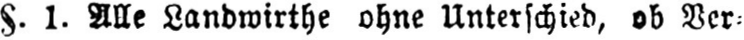
§.1. Alle Landwirthe ohne Unterschied, ob Ver⸗